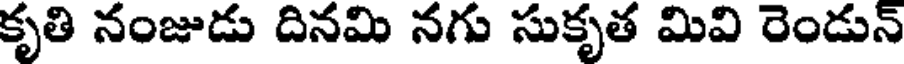
కృతి నంజుడు దినమి నగు సుకృత మివి రెండున్